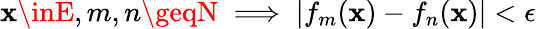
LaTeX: \mathbf{x}\inE,m,n\geqN\implies|f_{m}(\mathbf{x})-f_{n}(\mathbf{x})|<\epsilon